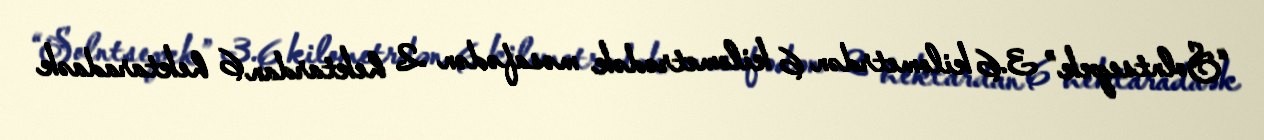
“Solntsepek” 3.6 kilometrdən 6 kilometrədək məsafədən 2 hektardan 6 hektaradaək